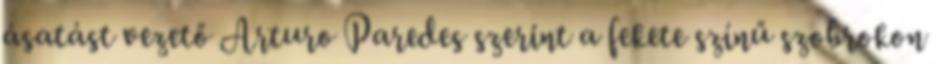
ásatást vezető Arturo Paredes szerint a fekete színű szobrokon